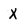
Character: X